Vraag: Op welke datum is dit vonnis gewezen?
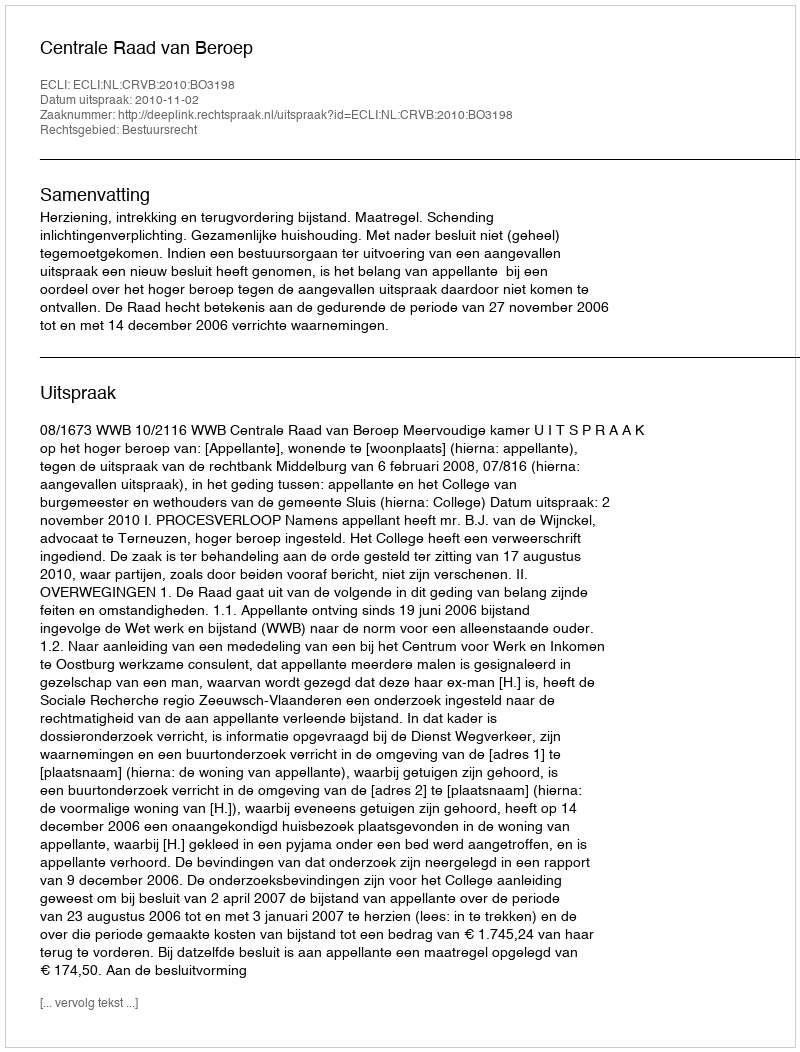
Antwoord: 2010-11-02